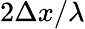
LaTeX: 2\Delta x/\lambda